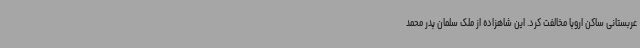
عربستانی ساکن اروپا مخالفت کرد. این شاهزاده از ملک سلمان پدر محمد